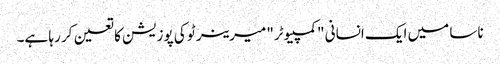
ناسا میں ایک انسانی "کمپیوٹر" میرینر ٹو کی پوزیشن کا تعین کر رہا ہے۔